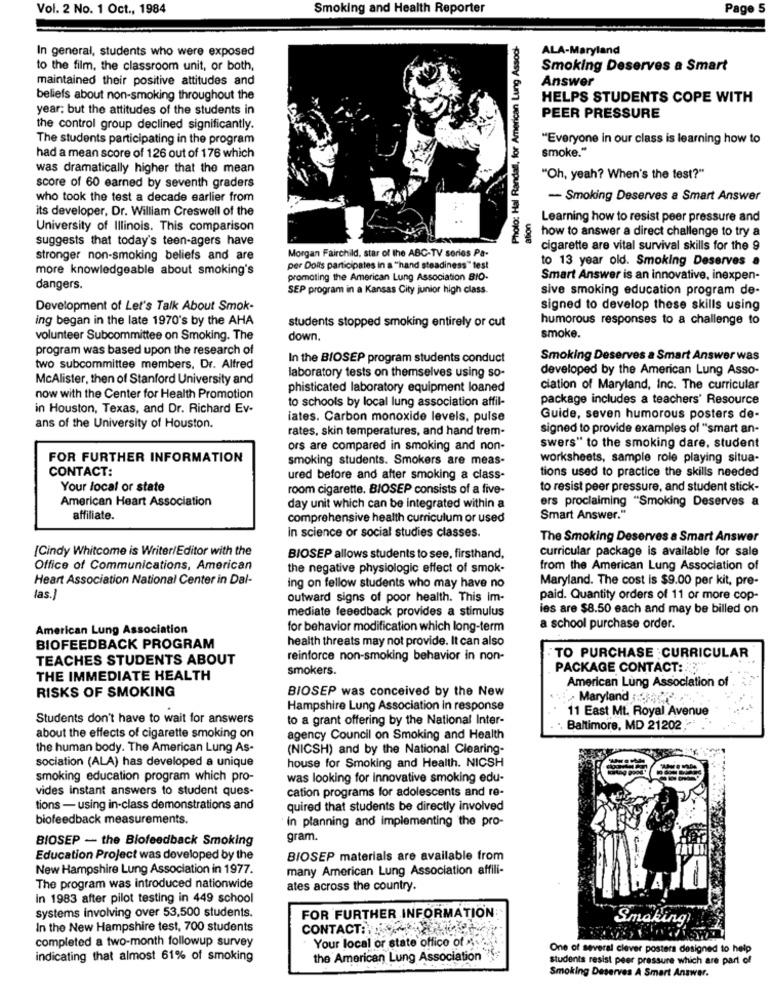
Vol. 2 No. 1 Oct ., 1984
Smoking and Health Reporter
Page 5
Photo: Hal Randall, for American Lung Associ
In general, students who were exposed
ALA-Maryland
to the film, the classroom unit, or both,
Smoking Deserves a Smart
maintained their positive attitudes and
Answer
beliefs about non-smoking throughout the
HELPS STUDENTS COPE WITH
year; but the attitudes of the students in
PEER PRESSURE
the control group declined significantly.
The students participating in the program
"Everyone in our class is learning how to
smoke."
had a mean score of 126 out of 176 which
was dramatically higher that the mean
"Oh, yeah? When's the test?"
score of 60 earned by seventh graders
who took the test a decade earlier from
- Smoking Deserves a Smart Answer
its developer, Dr. William Creswell of the
Learning how to resist peer pressure and
University of Illinois. This comparison
how to answer a direct challenge to try a
suggests that today's teen-agers have
cigarette are vital survival skills for the 9
stronger non-smoking beliefs and are
Morgan Fairchild, star of the ABC-TV series Pa-
to 13 year old. Smoking Deserves a
more knowledgeable about smoking's
per Doit's participates in a "hand steadiness" test
promoting the American Lung Association BIO-
Smart Answer is an innovative, inexpen-
dangers.
SEP program in a Kansas City junior high class.
sive smoking education program de-
Development of Let's Talk About Smok-
signed to develop these skills using
ing began in the late 1970's by the AHA
students stopped smoking entirely or cut
humorous responses to a challenge to
volunteer Subcommittee on Smoking. The
down
smoke.
program was based upon the research of
In the BIOSEP program students conduct
Smoking Deserves a Smart Answer was
two subcommittee members. Dr. Alfred
developed by the American Lung Asso-
McAlister, then of Stanford University and
laboratory tests on themselves using so-
phisticated laboratory equipment loaned
ciation of Maryland, Inc. The curricular
now with the Center for Health Promotion
to schools by local lung association affil-
package includes a teachers' Resource
in Houston, Texas, and Dr. Richard Ev-
ans of the University of Houston.
iates. Carbon monoxide levels, pulse
Guide, seven humorous posters de-
rates, skin temperatures, and hand trem-
signed to provide examples of "smart an-
ors are compared in smoking and non-
swers" to the smoking dare, student
FOR FURTHER INFORMATION
smoking students. Smokers are meas-
worksheets, sample role playing situa-
CONTACT:
tions used to practice the skills needed
ured before and after smoking a class-
Your local or state
room cigarette. BIOSEP consists of a five-
to resist peer pressure, and student stick-
American Heart Association
ers proclaiming "Smoking Deserves a
day unit which can be integrated within a
affiliate.
comprehensive health curriculum or used
Smart Answer."
In science or social studies classes.
The Smoking Deserves a Smart Answer
[Cindy Whitcome is Writer/Editor with the
curricular package is available for sale
BIOSEP allows students to see, firsthand,
Office of Communications, American
the negative physiologic effect of smok-
from the American Lung Association of
Heart Association National Center in Dal-
Maryland. The cost is $9.00 per kit, pre-
las.1
ing on fellow students who may have no
outward signs of poor health. This Im-
paid. Quantity orders of 11 or more cop-
mediate feeedback provides a stimulus
ies are $8.50 each and may be billed on
American Lung Association
for behavior modification which long-term
a school purchase order.
health threats may not provide. It can also
BIOFEEDBACK PROGRAM
TEACHES STUDENTS ABOUT
reinforce non-smoking behavior in non-
TO PURCHASE CURRICULAR
smokers.
PACKAGE CONTACT:3
THE IMMEDIATE HEALTH
RISKS OF SMOKING
BIOSEP was conceived by the New
American Lung Association of
Maryland 22.
Hampshire Lung Association in response
11 East Mt. Royal Avenue
Students don't have to wait for answers
to a grant offering by the National Inter-
Baltimore, MD 21202
about the effects of cigarette smoking on
agency Council on Smoking and Health
the human body. The American Lung As-
(NICSH) and by the National Clearing-
sociation (ALA) has developed a unique
house for Smoking and Health. NICSH
smoking education program which pro-
was looking for innovative smoking edu-
vides instant answers to student ques-
cation programs for adolescents and re-
tions - using in-class demonstrations and
quired that students be directly involved
biofeedback measurements.
in planning and implementing the pro-
BIOSEP - the Biofeedback Smoking
gram.
Education Project was developed by the
BIOSEP materials are available from
New Hampshire Lung Association in 1977.
many American Lung Association affili-
The program was introduced nationwide
ates across the country.
In 1983 after pilot testing in 449 school
systems involving over 53,500 students.
FOR FURTHER INFORMATION:
Smaking
In the New Hampshire test, 700 students
CONTACT.TIERRA
Your local or state office of >
completed a two-month followup survey
One of several clever posters designed to help
indicating that almost 61% of smoking
the American Lung Association
students resist peer pressure which are part of
Smoking Deserves A Smart Answer.